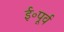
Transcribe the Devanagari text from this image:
ई॰पूर्व